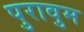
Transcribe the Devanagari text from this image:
पुरावुम